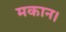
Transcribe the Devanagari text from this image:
मकान।